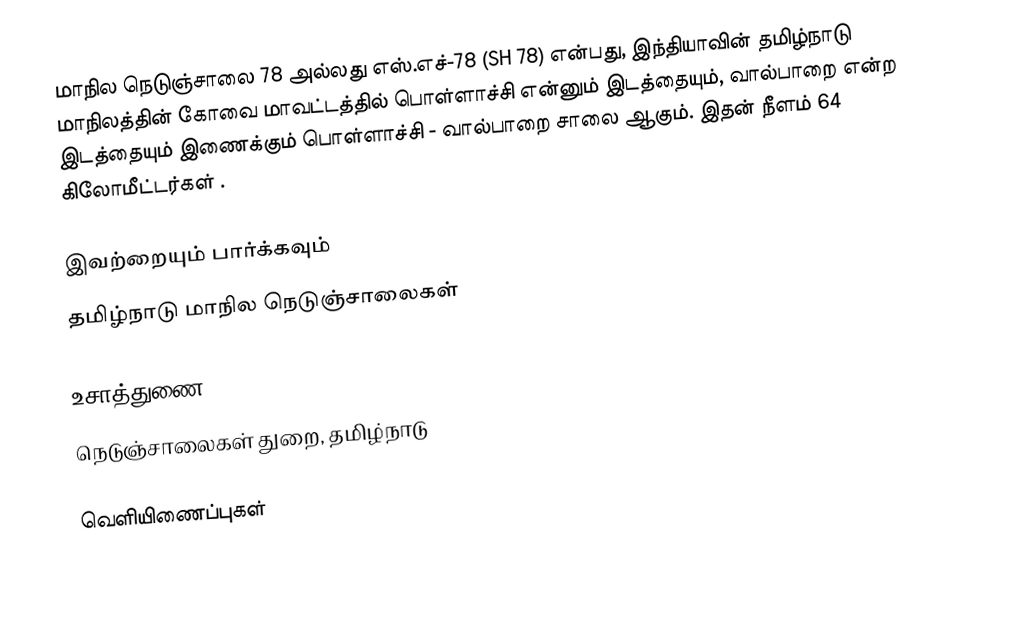
மாநில நெடுஞ்சாலை 78 அல்லது எஸ்.எச்-78 (SH 78) என்பது, இந்தியாவின் தமிழ்நாடு மாநிலத்தின் கோவை மாவட்டத்தில் பொள்ளாச்சி என்னும் இடத்தையும், வால்பாறை என்ற இடத்தையும் இணைக்கும் பொள்ளாச்சி - வால்பாறை சாலை ஆகும். இதன் நீளம் 64  கிலோமீட்டர்கள் .

இவற்றையும் பார்க்கவும்
 தமிழ்நாடு மாநில நெடுஞ்சாலைகள்

உசாத்துணை
 நெடுஞ்சாலைகள் துறை, தமிழ்நாடு

வெளியிணைப்புகள்